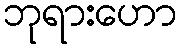
ဘုရားဟော